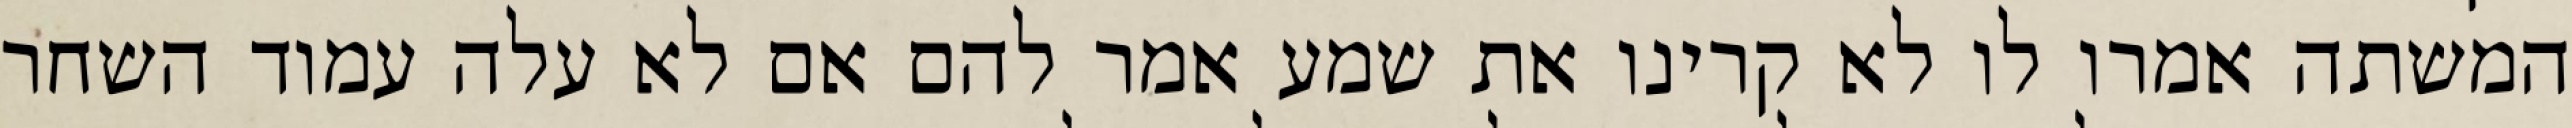
המשתה אמרו לו לא קרינו את שמע אמר להם אם לא עלה עמוד השחר